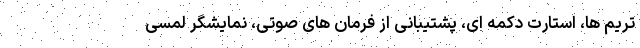
تریم ها، استارت دکمه ای، پشتیبانی از فرمان های صوتی، نمایشگر لمسی